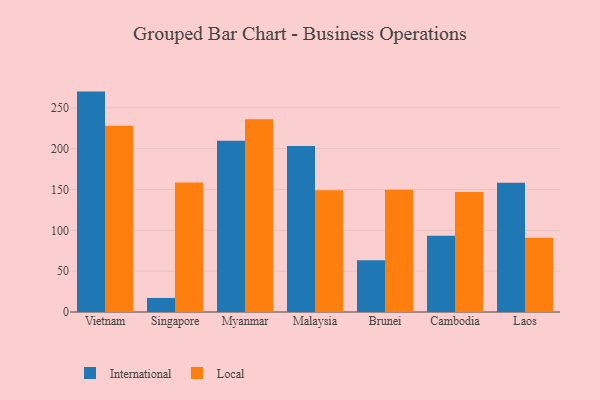
{"axis": {"x": "Country", "y": "Customer Acquisition Cost (USD)"}, "legend": ["International", "Local"], "data": [{"x": "Vietnam", "y": 269.9, "type": "International"}, {"x": "Vietnam", "y": 228.2, "type": "Local"}, {"x": "Singapore", "y": 17.2, "type": "International"}, {"x": "Singapore", "y": 158.7, "type": "Local"}, {"x": "Myanmar", "y": 209.8, "type": "International"}, {"x": "Myanmar", "y": 236.1, "type": "Local"}, {"x": "Malaysia", "y": 203.4, "type": "International"}, {"x": "Malaysia", "y": 149.0, "type": "Local"}, {"x": "Brunei", "y": 63.3, "type": "International"}, {"x": "Brunei", "y": 149.8, "type": "Local"}, {"x": "Cambodia", "y": 93.5, "type": "International"}, {"x": "Cambodia", "y": 147.0, "type": "Local"}, {"x": "Laos", "y": 158.4, "type": "International"}, {"x": "Laos", "y": 91.0, "type": "Local"}]}